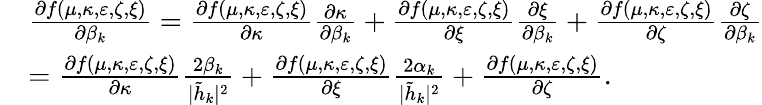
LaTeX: \begin{array}{rl}&{\frac{\partial f(\mu,\kappa,\varepsilon,\zeta,\xi)}{\partial\beta_{k}}=\frac{\partial f(\mu,\kappa,\varepsilon,\zeta,\xi)}{\partial\kappa}\frac{\partial\kappa}{\partial\beta_{k}}+\frac{\partial f(\mu,\kappa,\varepsilon,\zeta,\xi)}{\partial\xi}\frac{\partial\xi}{\partial\beta_{k}}+\frac{\partial f(\mu,\kappa,\varepsilon,\zeta,\xi)}{\partial\zeta}\frac{\partial\zeta}{\partial\beta_{k}}}\\ &{=\frac{\partial f(\mu,\kappa,\varepsilon,\zeta,\xi)}{\partial\kappa}\frac{2\beta_{k}}{|\tilde{h}_{k}|^{2}}+\frac{\partial f(\mu,\kappa,\varepsilon,\zeta,\xi)}{\partial\xi}\frac{2\alpha_{k}}{|\tilde{h}_{k}|^{2}}+\frac{\partial f(\mu,\kappa,\varepsilon,\zeta,\xi)}{\partial\zeta}.}\end{array}